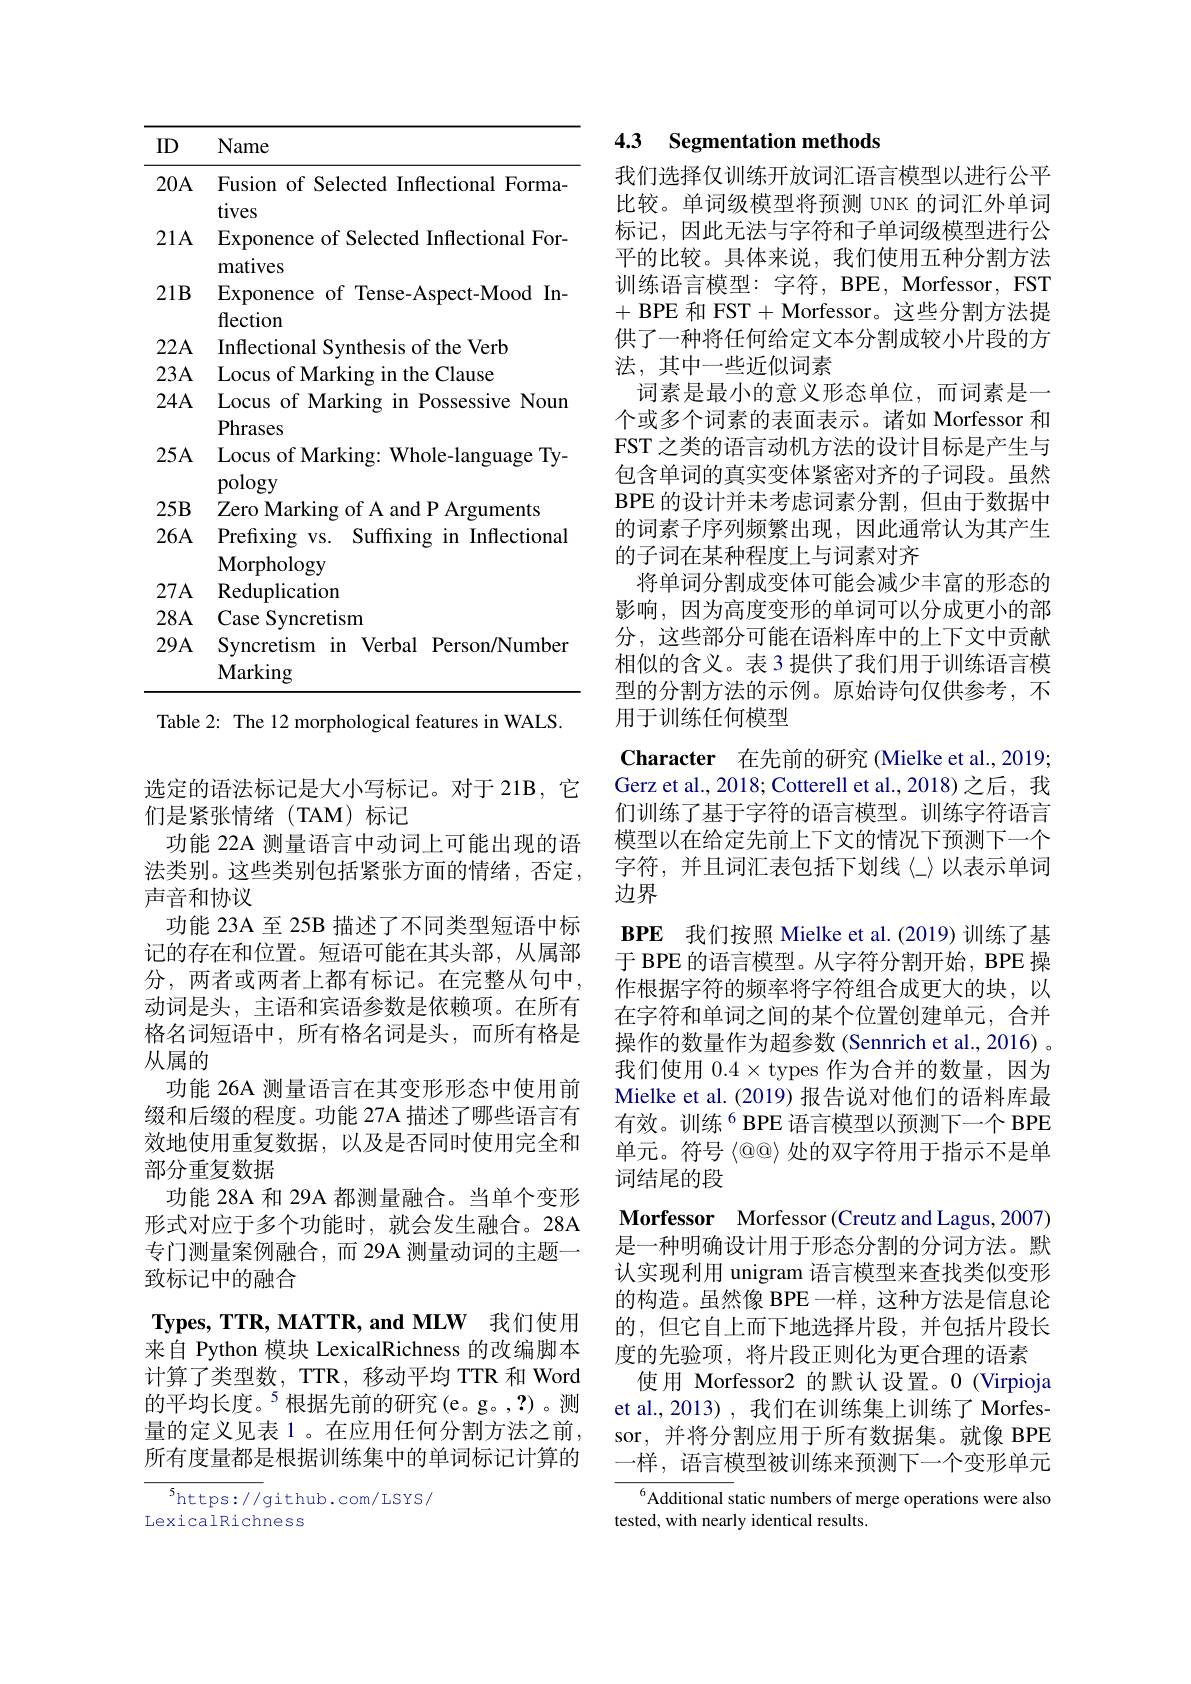
<table>
	<tbody>
		<tr>
			<th>ID</th>
			<th>Name</th>
		</tr>
		<tr>
			<td>20A</td>
			<td>Fusion of Selected Inflectional Forma tives</td>
		</tr>
		<tr>
			<td>$21A$</td>
			<td>Exponence of Selected Inflectional For- matives</td>
		</tr>
		<tr>
			<td>$21B$</td>
			<td>Exponence of Tense-Aspect-Mood In flection</td>
		</tr>
		<tr>
			<td>$22A$</td>
			<td>Inflectional Svnthesis of the Verb</td>
		</tr>
		<tr>
			<td>$23A$</td>
			<td>Locus of Marking in the Clause</td>
		</tr>
		<tr>
			<td>$24A$</td>
			<td>Locus of Marking in Possessive Noun Phra</td>
		</tr>
		<tr>
			<td>$25A$</td>
			<td>$\Gamma\Pi dSCS$ Locus of Marking: Whole-language Ty- noloou</td>
		</tr>
		<tr>
			<td>$25B$</td>
			<td>F Zero Marking of A and P Arguments</td>
		</tr>
		<tr>
			<td>$26A$</td>
			<td>${\mathrm{Prefixing}}$vs. Suffixing in Inflectional Morphology</td>
		</tr>
		<tr>
			<td>$27A$</td>
			<td>${\mathrm{Reduplication}}$</td>
		</tr>
		<tr>
			<td>$28A$</td>
			<td>Case Syncretism</td>
		</tr>
		<tr>
			<td>$29A$</td>
			<td>Syncretism in Verbal Person/Number $\mathbf{Marking}$</td>
		</tr>
	</tbody>
</table>
Table 2: The 12 morphological features in WALS.

选定的语法标记是大小写标记。对于 21B, 它
们是紧张情绪(TAM)标记
功能 22A 测量语言中动词上可能出现的语法类别。这些类别包括紧张方面的情绪，否定， 声音和协议
功能 23A 至 25B 描述了不同类型短语中标记的存在和位置。短语可能在其头部，从属部分，两者或两者上都有标记。在完整从句中， 动词是头，主语和宾语参数是依赖项。在所有格名词短语中，所有格名词是头，而所有格是从属的
功能 26A 测量语言在其变形形态中使用前缀和后缀的程度。功能 27A 描述了哪些语言有效地使用重复数据，以及是否同时使用完全和部分重复数据
功能 28A 和 29A 都测量融合。当单个变形形式对应于多个功能时，就会发生融合。28A 专门测量案例融合，而 29A 测量动词的主题一致标记中的融合
$\mathbf{Types,TTR,MATTR,andMLW}$我们使用来自 Python 模块 LexicalRichness 的改编脚本计算了类型数，TTR, 移动平均 TTR 和 Word 的平均长度。$^{5}$根据先前的研究(e。g。,?)。测量的定义见表 1。在应用任何分割方法之前，

所有度量都是根据训练集中的单词标记计算的

${^{5}\mathrm{https://}}$github.com/LSYS/
LexicalRichness

## 4.3 Segmentation methods

我们选择仅训练开放词汇语言模型以进行公平比较。单词级模型将预测 UNK 的词汇外单词标记，因此无法与字符和子单词级模型进行公平的比较。具体来说，我们使用五种分割方法训练语言模型：字符，BPE, Morfessor, FST + BPE 和 FST+Morfessor。这些分割方法提供了一种将任何给定文本分割成较小片段的方法，其中一些近似词素
词素是最小的意义形态单位，而词素是一个或多个词素的表面表示。诸如 Morfessor 和FST 之类的语言动机方法的设计目标是产生与包含单词的真实变体紧密对齐的子词段。虽然BPE 的设计并未考虑词素分割，但由于数据中的词素子序列频繁出现，因此通常认为其产生的子词在某种程度上与词素对齐
将单词分割成变体可能会减少丰富的形态的影响，因为高度变形的单词可以分成更小的部分，这些部分可能在语料库中的上下文中贡献相似的含义。表 3 提供了我们用于训练语言模型的分割方法的示例。原始诗句仅供参考，不用于训练任何模型

Character 在先前的研究 (Mielke et al.,2019; Gerz et al., 2018; Cotterell et al., 2018) 之后，我们训练了基于字符的语言模型。训练字符语言模型以在给定先前上下文的情况下预测下一个字符，并且词汇表包括下划线〈_〉以表示单词边界
BPE 我们按照 Mielke et al.(2019) 训练了基于 BPE 的语言模型。从字符分割开始，BPE 操作根据字符的频率将字符组合成更大的块，以在字符和单词之间的某个位置创建单元，合并操作的数量作为超参数 (Sennrich et al., 2016) 。我们使用$0.4\times$ types 作为合并的数量，因为Mielke et al. (2019) 报告说对他们的语料库最有效。训练$^{6}$BPE 语言模型以预测下一个 BPE 单元。符号$@@\rangle$处的双字符用于指示不是单词结尾的段
Morfessor Morfessor (Creutz and Lagus, 2007) 是一种明确设计用于形态分割的分词方法。默认实现利用 unigram 语言模型来查找类似变形的构造。虽然像 BPE 一样，这种方法是信息论的，但它自上而下地选择片段，并包括片段长度的先验项，将片段正则化为更合理的语素
使用 Morfessor2 的默认设置。0 (Virpioja et al., 2013) , 我们在训练集上训练了 Morfessor, 并将分割应用于所有数据集。就像 BPE 一样，语言模型被训练来预测下一个变形单元$^{6}$Additional static numbers of merge operations were also

tested, with nearly identical results